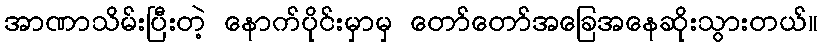
အာဏာသိမ်းပြီးတဲ့ နောက်ပိုင်းမှာမှ တော်တော်အခြေအနေဆိုးသွားတယ်။